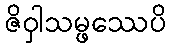
ဇိဝှါသမ္ဖဿေပိ